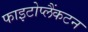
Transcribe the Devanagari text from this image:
फाइटोप्लैंकटन